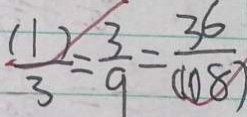
\frac { ( 1 ) } { 3 } = \frac { 3 } { 9 } = \frac { 3 6 } { ( 1 0 8 ) }